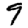
Digit: 9